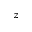
z